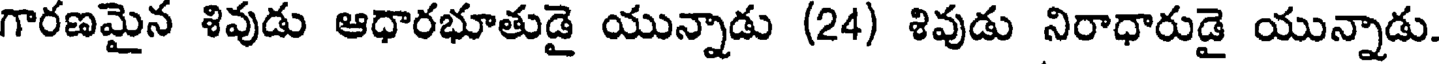
గారణమైన శివుడు ఆధారభూతుడై యున్నాడు (24) శివుడు నిరాధారుడై యున్నాడు.